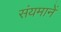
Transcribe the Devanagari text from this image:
संयमानें